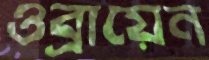
ওব্রায়েন